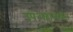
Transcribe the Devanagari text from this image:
उपअहारातील